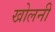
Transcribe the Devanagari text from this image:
खोलनी